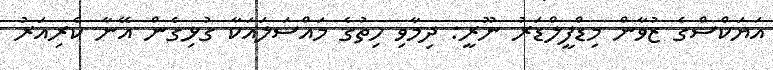
އަޔަކްސްގެ ޒުވާން މިޑްފީލްޑަރު ނޫރީ: ދިމާވި ހިތުގެ މައްސަލައަކާ ގުޅިގެން އޭނާ ކެރިއަރު